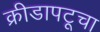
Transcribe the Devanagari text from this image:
क्रीडापटूचा